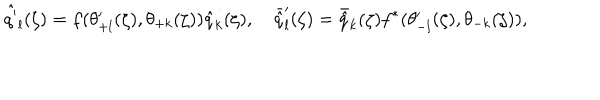
LaTeX: { \hat { q ^ { \prime } } } _ { l } ( \zeta ) = f ( \theta _ { + l } ^ { \prime } ( \zeta ) , \theta _ { + k } ( \zeta ) ) { \hat { q } } _ { k } ( \zeta ) , \quad { \bar { \hat { q } } } _ { l } ^ { \prime } ( \zeta ) = { \bar { \hat { q } } } _ { k } ( \zeta ) f ^ { * } ( \theta _ { - l } ^ { \prime } ( \zeta ) , \theta _ { - k } ( \zeta ) ) ,